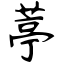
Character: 葶